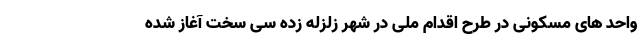
واحد های مسکونی در طرح اقدام ملی در شهر زلزله زده سی سخت آغاز شده